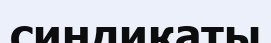
синдикаты